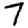
Digit: 7